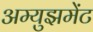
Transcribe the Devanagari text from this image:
अम्युझमेंट